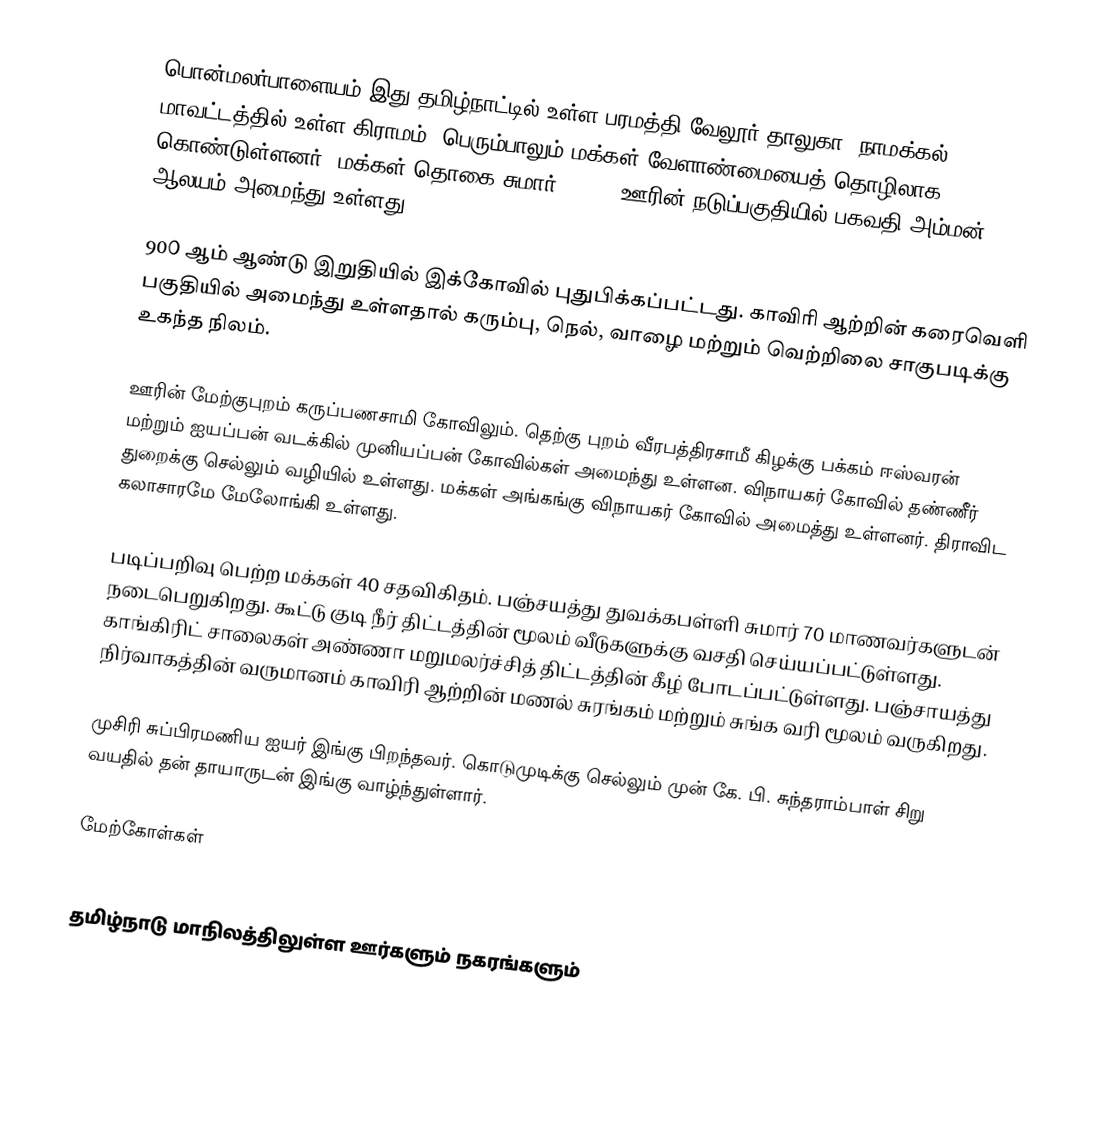
பொன்மலர்பாளையம் இது தமிழ்நாட்டில் உள்ள பரமத்தி-வேலூர் தாலுகா, நாமக்கல் மாவட்டத்தில்  உள்ள கிராமம். பெரும்பாலும் மக்கள் வேளாண்மையைத் தொழிலாக கொண்டுள்ளனர். மக்கள் தொகை சுமார் 1000 . ஊரின் நடுப்பகுதியில் பகவதி அம்மன் ஆலயம் அமைந்து உள்ளது.

90௦ ஆம் ஆண்டு இறுதியில் இக்கோவில் புதுபிக்கப்பட்டது. காவிரி ஆற்றின் கரைவெளி பகுதியில் அமைந்து உள்ளதால் கரும்பு, நெல், வாழை மற்றும் வெற்றிலை சாகுபடிக்கு உகந்த நிலம்.

ஊரின் மேற்குபுறம் கருப்பணசாமி கோவிலும். தெற்கு புறம் வீரபத்திரசாமீ கிழக்கு பக்கம் ஈஸ்வரன் மற்றும் ஐயப்பன் வடக்கில் முனியப்பன் கோவில்கள் அமைந்து உள்ளன. விநாயகர் கோவில் தண்ணீர் துறைக்கு செல்லும் வழியில் உள்ளது. மக்கள் அங்கங்கு விநாயகர் கோவில் அமைத்து உள்ளனர். திராவிட கலாசாரமே மேலோங்கி உள்ளது.

படிப்பறிவு பெற்ற மக்கள் 40  சதவிகிதம். பஞ்சயத்து துவக்கபள்ளி சுமார் 70 மாணவர்களுடன் நடைபெறுகிறது. கூட்டு  குடி நீர் திட்டத்தின் மூலம் வீடுகளுக்கு வசதி செய்யப்பட்டுள்ளது. காங்கிரிட் சாலைகள் அண்ணா மறுமலர்ச்சித் திட்டத்தின் கீழ் போடப்பட்டுள்ளது. பஞ்சாயத்து  நிர்வாகத்தின் வருமானம் காவிரி ஆற்றின்  மணல் சுரங்கம் மற்றும் சுங்க வரி மூலம் வருகிறது.

முசிரி சுப்பிரமணிய ஐயர் இங்கு பிறந்தவர். கொடுமுடிக்கு செல்லும் முன் கே. பி. சுந்தராம்பாள் சிறு வயதில் தன் தாயாருடன் இங்கு வாழ்ந்துள்ளார்.

மேற்கோள்கள்

தமிழ்நாடு மாநிலத்திலுள்ள ஊர்களும் நகரங்களும்